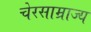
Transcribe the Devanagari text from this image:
चेरसाम्राज्य